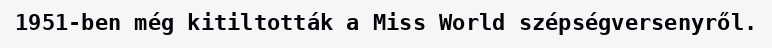
1951-ben még kitiltották a Miss World szépségversenyről.